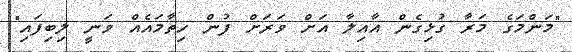
"މަންމަގެ މަރާ ގުޅިގެން އާއިލާ އަށް ވަރަށް ފުން ހިތާމައެއް ވަނީ ލިބިފައި"